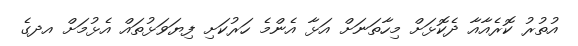
އުތުރު ކޮރެއާއާ ދެކޮޅަށް މިހާތަނަށް އަޅާ އެންމެ ހަރުކަށި ފިޔަވަޅުތައް އެޅުމަށް އދގެ